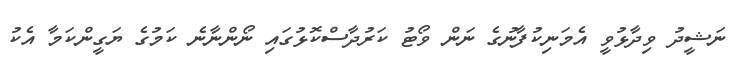
ނަޝީދު ވިދާޅުވީ އެމަނިކުފާނުގެ ނަން ވޯޓު ކަރުދާސްކޮޅުގައި ނޯންނާނެ ކަމުގެ ޔަގީންކަމާ އެކު